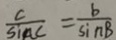
\frac { c } { S i n C } = \frac { b } { \sin B }